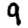
Digit: 9